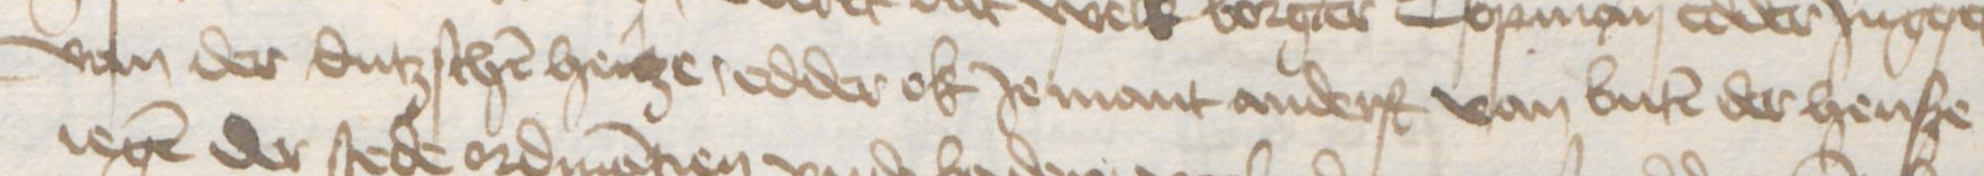
van der dutzschen henze, edder ok Jemant anderst van buten der hense